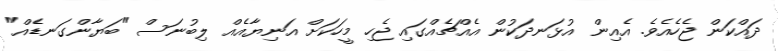
ދައްކަން ޖެހެއެވެ. އެއިން އުޅަނދަކުން އެއްޗެއްގައި ޖެހި މީހަކަށް އަނިޔާއެއް ލިބުނަސް "ބަޔާންގަނޑެއް"